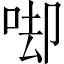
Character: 𠳞